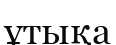
ұтықа